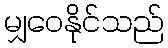
မျှဝေနိုင်သည်